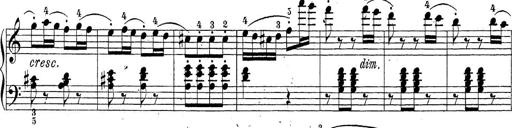
Title: Sonatina Album
Composer: Louis KÃ¶hler